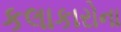
કલાકારોના